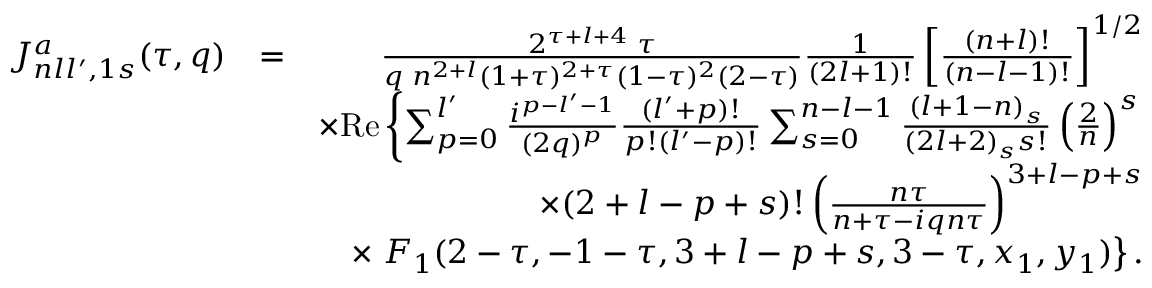
\begin{array} { r l r } { { \cal J } _ { n l l ^ { \prime } , 1 s } ^ { a } ( \tau , q ) } & { = } & { \frac { 2 ^ { \tau + l + 4 } \; \tau } { q \; n ^ { 2 + l } ( 1 + \tau ) ^ { 2 + \tau } ( 1 - \tau ) ^ { 2 } ( 2 - \tau ) } \frac { 1 } { ( 2 l + 1 ) ! } \left[ \frac { ( n + l ) ! } { ( n - l - 1 ) ! } \right] ^ { 1 / 2 } } \\ & { } & { \times \mathrm { R e } \left\{ \sum _ { p = 0 } ^ { l ^ { \prime } } \frac { i ^ { p - l ^ { \prime } - 1 } } { ( 2 q ) ^ { p } } \frac { ( l ^ { \prime } + p ) ! } { p ! ( l ^ { \prime } - p ) ! } \sum _ { s = 0 } ^ { n - l - 1 } \frac { ( l + 1 - n ) _ { s } } { ( 2 l + 2 ) _ { s } s ! } \left( \frac { 2 } { n } \right) ^ { s } \right. } \\ & { } & { \times ( 2 + l - p + s ) ! \left( \frac { n \tau } { n + \tau - i q n \tau } \right) ^ { 3 + l - p + s } } \\ & { } & { \times \left. F _ { 1 } ( 2 - \tau , - 1 - \tau , 3 + l - p + s , 3 - \tau , x _ { 1 } , y _ { 1 } ) \right\} . } \end{array}